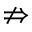
\nRightarrow